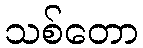
သစ်တော